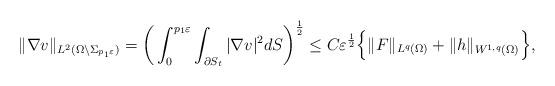
LaTeX: \begin{align*}\|\nabla v\|_{L^2(\Omega\setminus\Sigma_{p_1\varepsilon})}=\bigg(\int_0^{p_1\varepsilon}\int_{\partial S_t}|\nabla v|^2 dS\bigg)^{\frac{1}{2}}\leq C\varepsilon^{\frac{1}{2}}\Big\{\|F\|_{L^q(\Omega)}+\|h\|_{W^{1,q}(\Omega)}\Big\},\end{align*}